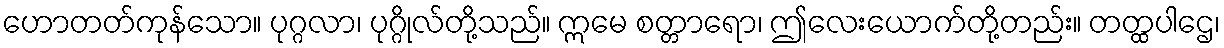
ဟောတတ်ကုန်သော။ ပုဂ္ဂလာ၊ ပုဂ္ဂိုလ်တို့သည်။ ဣမေ စတ္တာရော၊ ဤလေးယောက်တို့တည်း။ တတ္ထပါဌေ၊